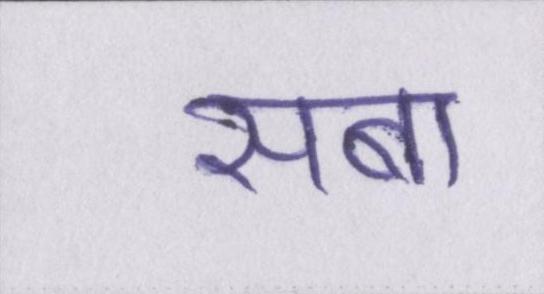
सबा